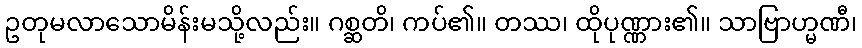
ဥတုမလာသောမိန်းမသို့လည်း။ ဂစ္ဆတိ၊ ကပ်၏။ တဿ၊ ထိုပုဏ္ဏား၏။ သာဗြာဟ္မဏီ၊